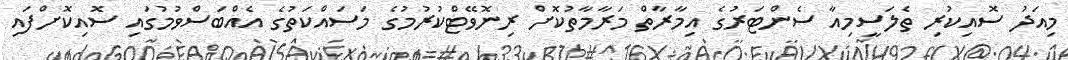
މިއަދު ސޮއިކުރި ތެލަސީމިއާ ސެންޓަރުގެ އިމާރާތް މަރާމާތުކޮށް ރިނޮވޭޓްކުރުމުގެ މަސައްކަތުގެ އެއްބަސްވުމުގައި ސޮއިކޮށްފައި